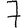
Digit: 7